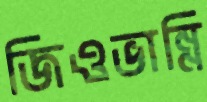
জিওভান্নি